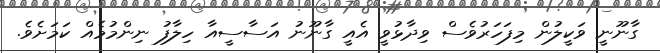
ގާނޫނީ ވަކީލުން މިފަހަރުވެސް ވިދާޅުވީ އެއީ ގާނޫނު އަސާސީއާ ހިލާފު ނިންމުމެއް ކަމަށެވެ.